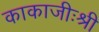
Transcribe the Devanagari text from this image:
काकाजीःश्री